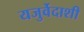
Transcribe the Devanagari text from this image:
यजुर्वेदाशी